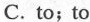
C. to；to